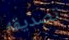
تصديقه